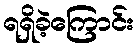
ရရှိခဲ့ကြောင်း